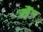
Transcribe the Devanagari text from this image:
स्प्रैंग